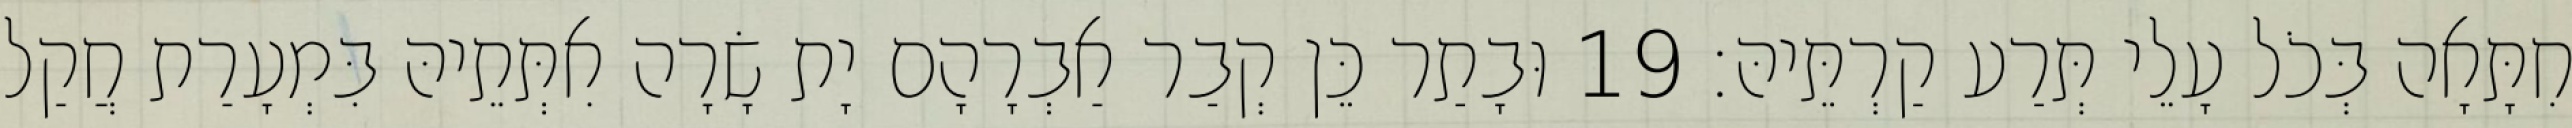
חִתָּאָה בְּכֹל עָלֵי תְּרַע קַרְתֵּיהּ׃ 19 וּבָתַר כֵּן קְבַר אַבְרָהָם יָת שָׂרָה אִתְּתֵיהּ בִּמְעָרַת חֲקַל